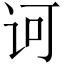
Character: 诃